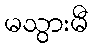
မသွားမီ